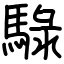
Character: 騄